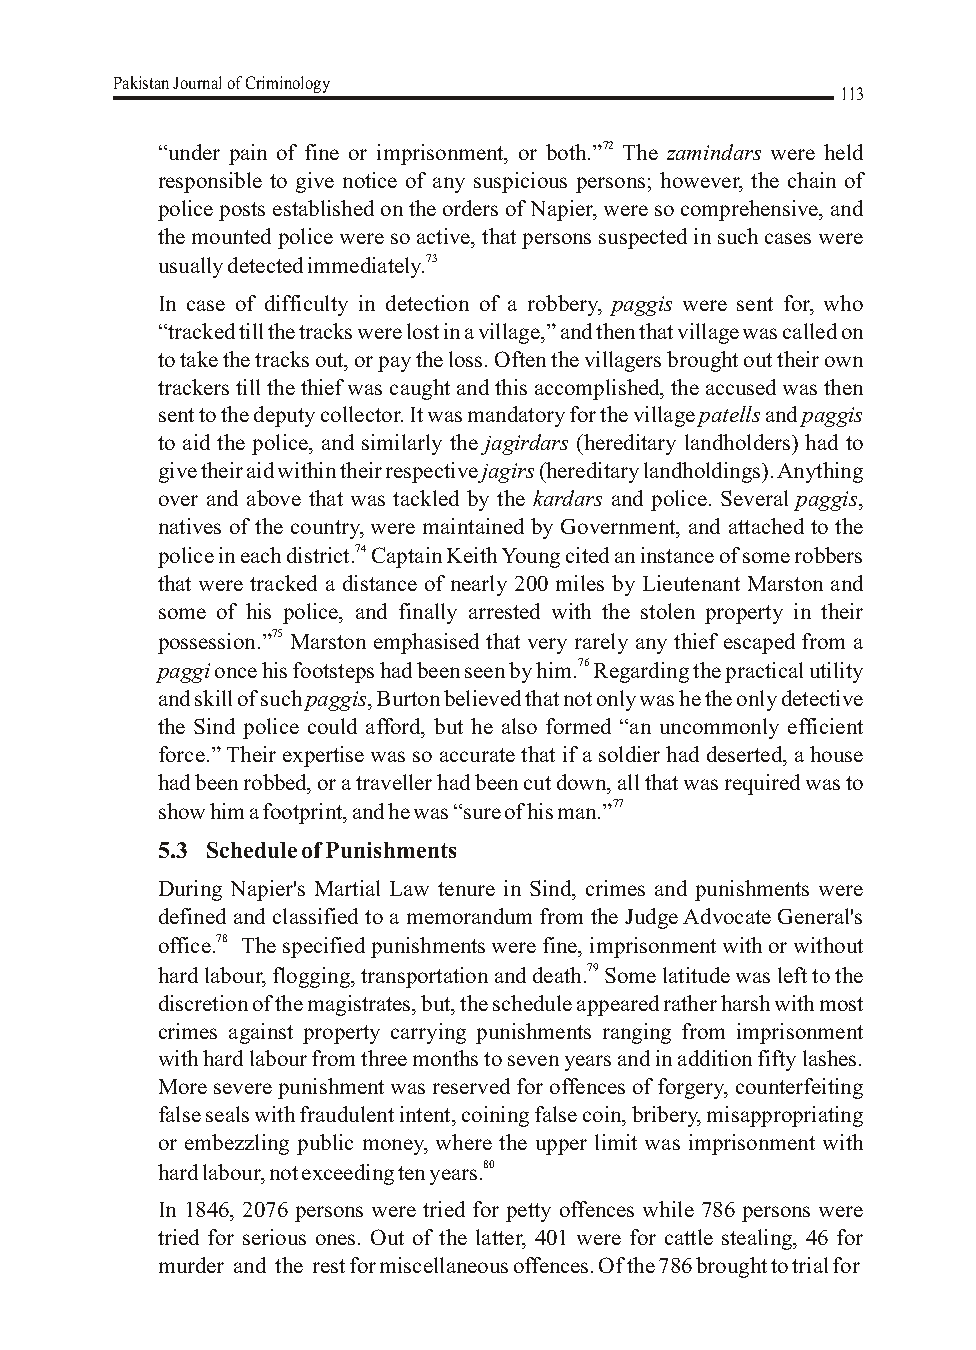
Pakistan Journal of Criminology
 113
 “under pain of fine or imprisonment, or both.”72 The zamindars were held
 responsible to give notice of any suspicious persons; however, the chain of
 police posts established on the orders of Napier, were so comprehensive, and
 the mounted police were so active, that persons suspected in such cases were
 usually detected immediately.73
 In case of difficulty in detection of a robbery, paggis were sent for, who
 “tracked till the tracks were lost in a village,” and then that village was called on
 to take the tracks out, or pay the loss. Often the villagers brought out their own
 trackers till the thief was caught and this accomplished, the accused was then
 sent to the deputy collector. It was mandatory for the village patells and paggis
 to aid the police, and similarly the jagirdars (hereditary landholders) had to
 give their aid within their respective jagirs (hereditary landholdings). Anything
 over and above that was tackled by the kardars and police. Several paggis,
 natives of the country, were maintained by Government, and attached to the
 police in each district.74 Captain Keith Young cited an instance of some robbers
 that were tracked a distance of nearly 200 miles by Lieutenant Marston and
 some of his police, and finally arrested with the stolen property in their
 possession.”75 Marston emphasised that very rarely any thief escaped from a
 paggi once his footsteps had been seen by him.76 Regarding the practical utility
 and skill of such paggis, Burton believed that not only was he the only detective
 the Sind police could afford, but he also formed “an uncommonly efficient
 force.” Their expertise was so accurate that if a soldier had deserted, a house
 had been robbed, or a traveller had been cut down, all that was required was to
 show him a footprint, and he was “sure of his man.”77
 5.3 Schedule of Punishments
 During Napier's Martial Law tenure in Sind, crimes and punishments were
 defined and classified to a memorandum from the Judge Advocate General's
 office.78 The specified punishments were fine, imprisonment with or without
 hard labour, flogging, transportation and death.79 Some latitude was left to the
 discretion of the magistrates, but, the schedule appeared rather harsh with most
 crimes against property carrying punishments ranging from imprisonment
 with hard labour from three months to seven years and in addition fifty lashes.
 More severe punishment was reserved for offences of forgery, counterfeiting
 false seals with fraudulent intent, coining false coin, bribery, misappropriating
 or embezzling public money, where the upper limit was imprisonment with
 hard labour, not exceeding ten years.80
 In 1846, 2076 persons were tried for petty offences while 786 persons were
 tried for serious ones. Out of the latter, 401 were for cattle stealing, 46 for
 murder and the rest for miscellaneous offences. Of the 786 brought to trial for